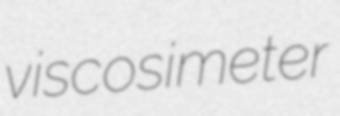
viscosimeter